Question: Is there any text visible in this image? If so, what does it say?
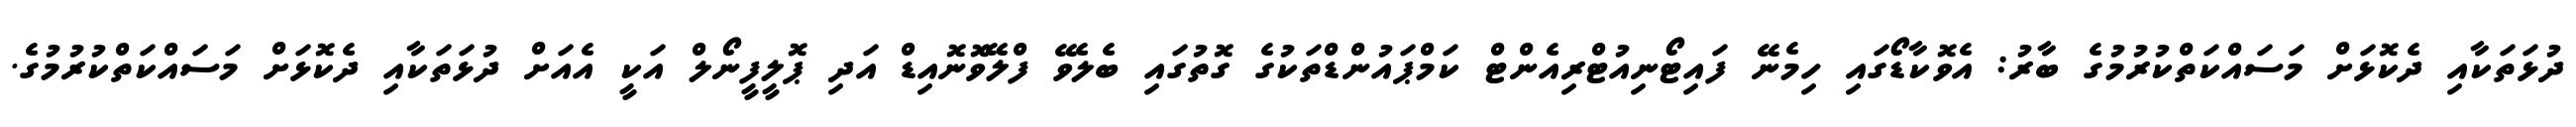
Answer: ދުޅަތަކާއި ދެކޮޅަށް މަސައްކަތްކުރުމުގެ ބާރު: އެވޮކާޑޯގައި ހިމެނޭ ފައިޓޯނިއުޓްރިއެންޓް ކަމްޕައުންޑްތަކުގެ ގޮތުގައި ބެލެވޭ ފްލޭވޮނޮއިޑް އަދި ޕޮލީފީނޯލް އަކީ އެއަށް ދުޅަތަކާއި ދެކޮޅަށް މަސައްކަތްކުރުމުގެ.